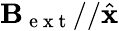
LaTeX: \mathbf{B}_{\mathrm{~e~x~t~}}//\hat{\mathbf{x}}